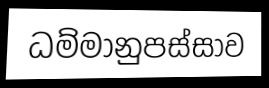
ධම්මානුපස්සාව